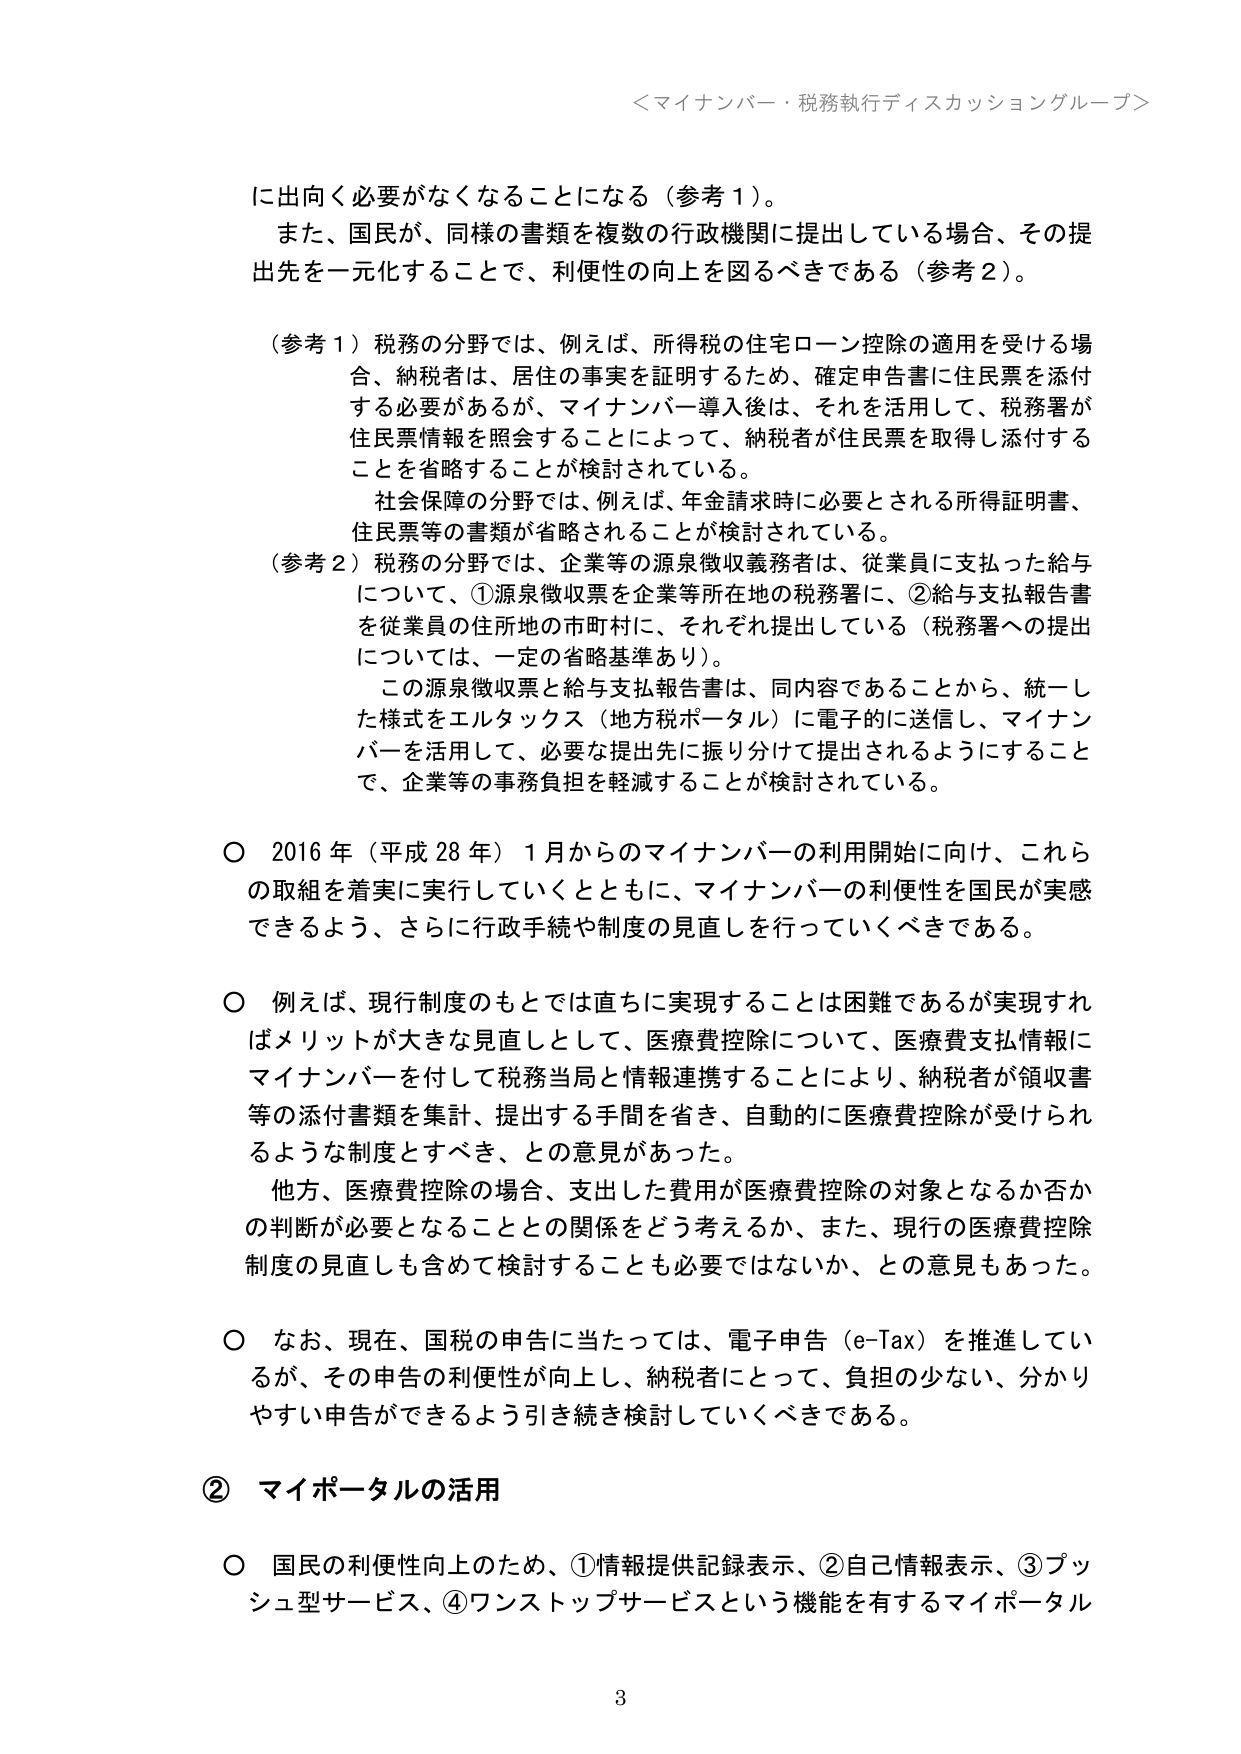
＜マイナンバー・税務執行ディスカッショングループ＞

に出向く必要がなくなることになる（参考1）。
また、国民が、同様の書類を複数の行政機関に提出している場合、その提出先を一元化することで、利便性の向上を図るべきである（参考2）。

（参考1）税務の分野では、例えば、所得税の住宅ローン控除の適用を受ける場合、納税者は、居住の事実を証明するため、確定申告書に住民票を添付する必要があるが、マイナンバー導入後は、それを活用して、税務署が住民票情報を照会することによって、納税者が住民票を取得し添付することを省略することが検討されている。
社会保障の分野では、例えば、年金請求時に必要とされる所得証明書、住民票等の書類が省略されることが検討されている。
（参考2）税務の分野では、企業等の源泉徴収義務者は、従業員に支払った給与について、①源泉徴収票を企業等所在地の税務署に、②給与支払報告書を従業員の住所地の市町村に、それぞれ提出している（税務署への提出については、一定の省略基準あり）。
この源泉徴収票と給与支払報告書は、同内容であることから、統一した様式をエルタックス（地方税ポータル）に電子的に送信し、マイナンバーを活用して、必要な提出先に振り分けて提出されるようにすることで、企業等の事務負担を軽減することが検討されている。

○ 2016年（平成28年）1月からのマイナンバーの利用開始に向け、これらの取組を着実に実行していくとともに、マイナンバーの利便性を国民が実感できるよう、さらに行政手続や制度の見直しを行っていくべきである。

○ 例えば、現行制度のもとでは直ちに実現することは困難であるが実現すればメリットが大きな見直しとして、医療費控除について、医療費支払情報にマイナンバーを付して税務当局と情報連携することにより、納税者が領収書等の添付書類を集計、提出する手間を省き、自動的に医療費控除が受けられるような制度とすべき、との意見があった。
他方、医療費控除の場合、支出した費用が医療費控除の対象となるか否かの判断が必要となることとの関係をどう考えるか、また、現行の医療費控除制度の見直しも含めて検討することも必要ではないか、との意見もあった。

○ なお、現在、国税の申告に当たっては、電子申告（e-Tax）を推進しているが、その申告の利便性が向上し、納税者にとって、負担の少ない、分かりやすい申告ができるよう引き続き検討していくべきである。

② マイポータルの活用

○ 国民の利便性向上のため、①情報提供記録表示、②自己情報表示、③プッシュ型サービス、④ワンストップサービスという機能を有するマイポータル

3